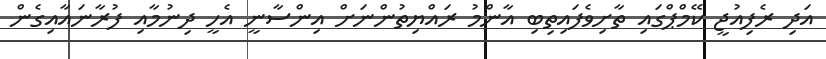
އަދި ރެފިއުޖީ ކޭމްޕްގައި ތާށިވެފައިތިބި އާންމު ރައްޔިތުންނަށް އިންސާނީ އެހީ ދިނުމާއި ފުރާނައާއިގެން